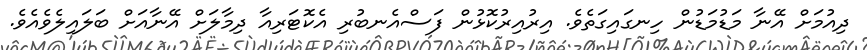
ދިއުމަށް އޭނާ މަޑުމަޑުން ހިނގައިގަތެވެ. އިރުއިރުކޮޅުން ފަސްއެނބުރި އެކޮޓަރިއާ ދިމާލަށް އޭނާއަށް ބަލައިލެވެއެވެ.